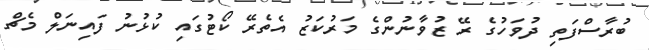
ބުރާސްފަތި ދުވަހުގެ ރޭ ޒުވާނުންގެ މަރުކަޒު އެތެރޭ ކޯޓުގައި ކުޅުނު ފައިނަލް މެޗް